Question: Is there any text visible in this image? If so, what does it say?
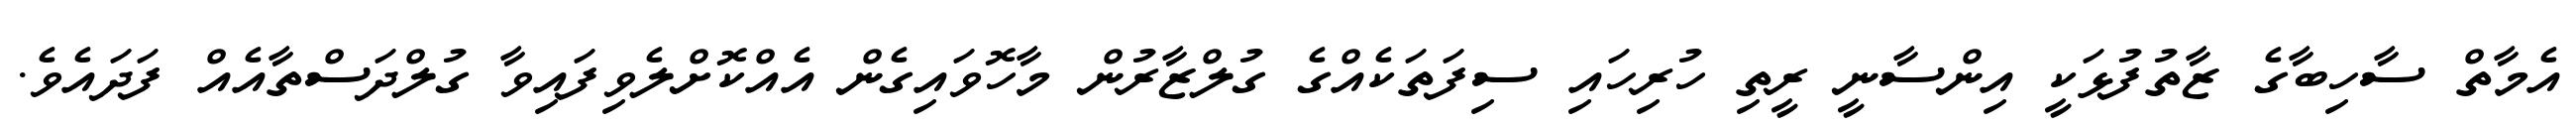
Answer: އެމާތް ސާހިބާގެ ޒާތުފުޅަކީ އިންސާނީ ރީތި ހުރިހައި ސިފަތަކެއްގެ ގުލްޒާރުން މާހޮވައިގެން އެއްކޮށްލެވިފައިވާ ގުލްދަސްތާއެއް ފަދައެވެ.